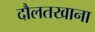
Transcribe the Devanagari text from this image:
दौलतखाना